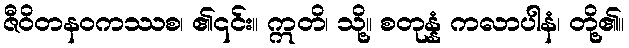
ဇီဝိတနဝကဿစ၊ ၏၎င်း။ ဣတိ၊ သို့။ စတုန္နံ ကလာပါနံ၊ တို့၏။